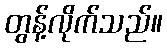
တွန့်လိုက်သည်။